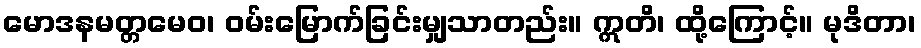
မောဒနမတ္တမေဝ၊ ဝမ်းမြောက်ခြင်းမျှသာတည်း။ ဣတိ၊ ထို့ကြောင့်။ မုဒိတာ၊